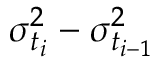
\sigma _ { t _ { i } } ^ { 2 } - \sigma _ { t _ { i - 1 } } ^ { 2 }